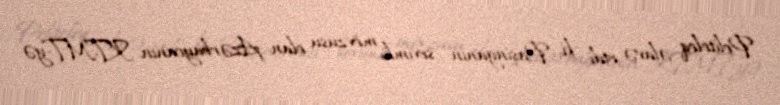
Politoloq əlavə etdi ki, Paşinyanın sevimli mövzusu olan Azərbaycanın KTMT-yə